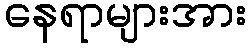
နေရာများအား